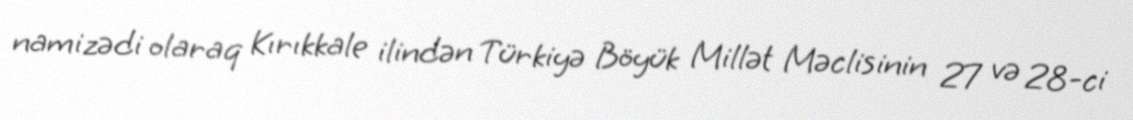
namizədi olaraq Kırıkkale ilindən Türkiyə Böyük Millət Məclisinin 27 və 28-ci